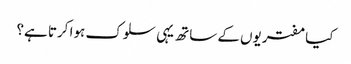
کیا مفتریوں کے ساتھ یہی سلوک ہوا کرتا ہے؟